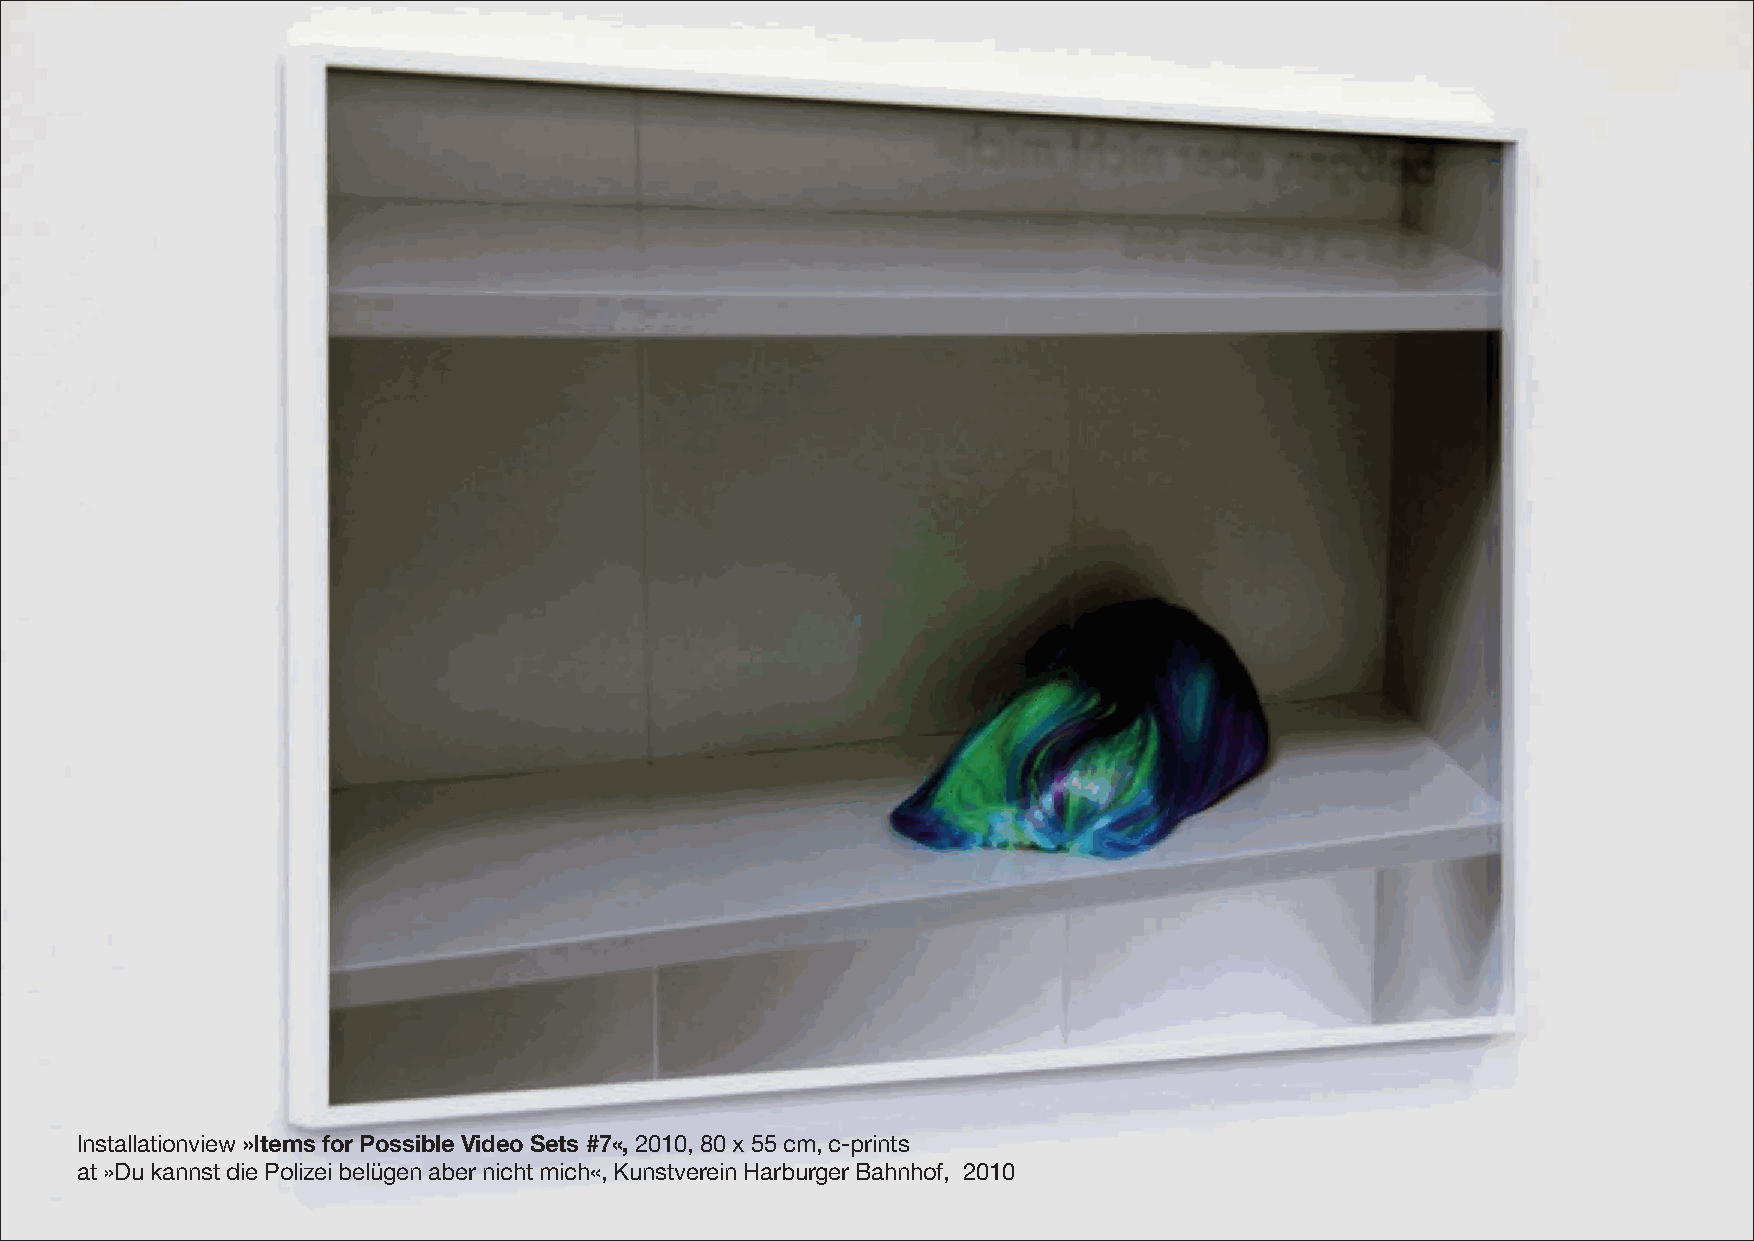
Installationview»Items for Possible Video Sets #7«,2010, 80 x 55 cm, c-prints
 at »Du kannst die Polizei belügen aber nicht mich«, Kunstverein Harburger Bahnhof, 2010